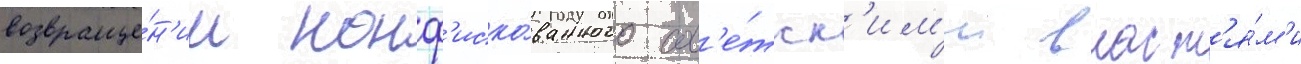
возвраще́н'ии конф'иско́ванного сов'е́тск'им'и власт'я́м'и